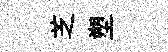
芝塑